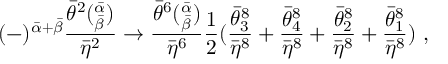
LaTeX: ( - ) ^ { { \bar { \alpha } } + { \bar { \beta } } } \frac { { \bar { \theta } } ^ { 2 } ( _ { \bar { \beta } } ^ { \bar { \alpha } } ) } { { \bar { \eta } } ^ { 2 } } \rightarrow \frac { { \bar { \theta } } ^ { 6 } ( _ { \bar { \beta } } ^ { \bar { \alpha } } ) } { { \bar { \eta } } ^ { 6 } } { \frac { 1 } { 2 } } ( \frac { { \bar { \theta } } _ { 3 } ^ { 8 } } { { \bar { \eta } } ^ { 8 } } + \frac { { \bar { \theta } } _ { 4 } ^ { 8 } } { { \bar { \eta } } ^ { 8 } } + \frac { { \bar { \theta } } _ { 2 } ^ { 8 } } { { \bar { \eta } } ^ { 8 } } + \frac { { \bar { \theta } } _ { 1 } ^ { 8 } } { { \bar { \eta } } ^ { 8 } } ) \ ,